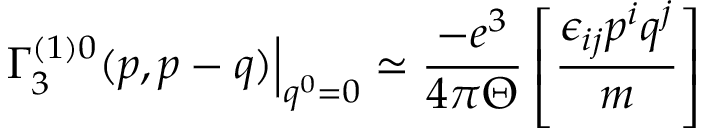
\left. \Gamma _ { 3 } ^ { ( 1 ) 0 } ( p , p - q ) \right| _ { q ^ { 0 } = 0 } \simeq \frac { - e ^ { 3 } } { 4 \pi \Theta } \left[ \frac { \epsilon _ { i j } p ^ { i } q ^ { j } } m \right]